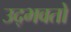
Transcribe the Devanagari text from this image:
उद्‌भवतो